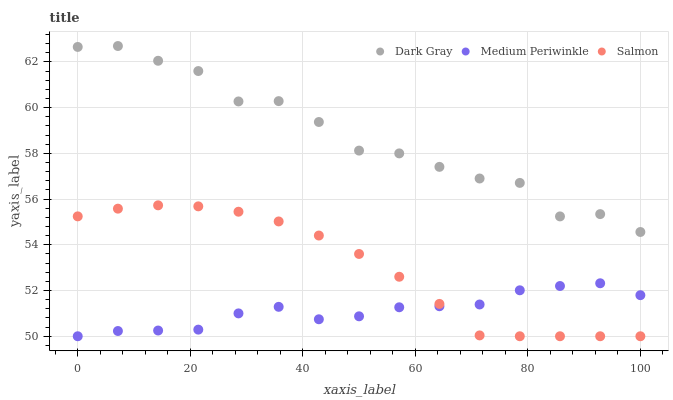
| xaxis_label | Dark Gray | Medium Periwinkle | Salmon |
 | --- | --- | --- | --- |
 | 0 | 62.7 | 50 | 55.2 |
 | 7.14 | 62.7 | 50.2 | 55.6 |
 | 14.3 | 62 | 50.3 | 55.7 |
 | 21.4 | 61.6 | 50.3 | 55.7 |
 | 28.6 | 60.3 | 51 | 55.4 |
 | 35.7 | 60.3 | 51.3 | 55 |
 | 42.9 | 59.4 | 50.7 | 54.4 |
 | 50 | 58.1 | 50.9 | 53.6 |
 | 57.1 | 58 | 51.3 | 52.6 |
 | 64.3 | 57.4 | 51.3 | 51.4 |
 | 71.4 | 56.9 | 51.4 | 50 |
 | 78.6 | 56.7 | 52 | 50 |
 | 85.7 | 55.2 | 52.2 | 50 |
 | 92.9 | 55.3 | 52.3 | 50 |
 | 100 | 54.6 | 51.8 | 50 |